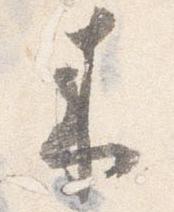
来